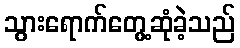
သွားရောက်တွေ့ဆုံခဲ့သည်